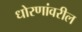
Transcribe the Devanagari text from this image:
धोरणांवरील